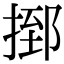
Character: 𢰗